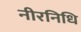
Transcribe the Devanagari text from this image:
नीरनिधि